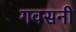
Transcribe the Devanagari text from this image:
गवसनी